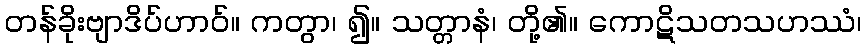
တန်ခိုးဗျာဒိပ်ဟာဝ်။ ကတွာ၊ ၍။ သတ္တာနံ၊ တို့၏။ ကောဋိသတသဟဿံ၊